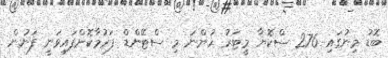
ބޮޑު މިނުގައި 276 ސްކޮޔާ މީޓަރު ހުންނަ މި ސްޓޭންޑް ފަރުމާކޮށްފައިވަނީ ފަނުން